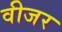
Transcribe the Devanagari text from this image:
वीजर